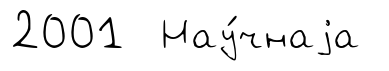
2001 Нау́чнаjа